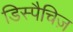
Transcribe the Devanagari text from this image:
डिस्पैचिज़